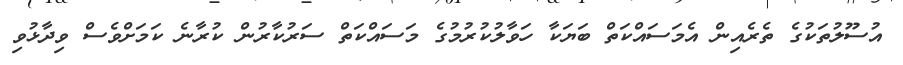
އުސޫލުތަކުގެ ތެރެއިން އެމަސައްކަތް ބަޔަކާ ހަވާލުކުރުމުގެ މަސައްކަތް ސަރުކާރުން ކުރާނެ ކަމަށްވެސް ވިދާޅުވި